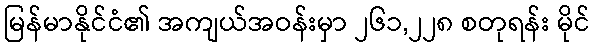
မြန်မာနိုင်ငံ၏ အကျယ်အဝန်းမှာ ၂၆၁,၂၂၈ စတုရန်း မိုင်